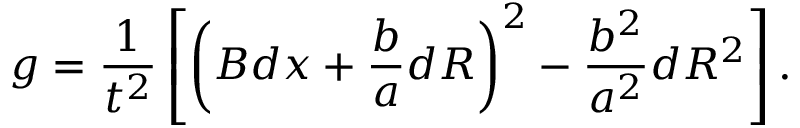
g = { \frac { 1 } { t ^ { 2 } } } \left[ \left( B d x + { \frac { b } { a } } d R \right) ^ { 2 } - { \frac { b ^ { 2 } } { a ^ { 2 } } } d R ^ { 2 } \right] .